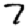
Digit: 7